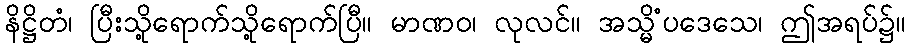
နိဋ္ဌိတံ၊ ပြီးသို့ရောက်သို့ရောက်ပြီ။ မာဏဝ၊ လုလင်။ အသ္မိံပဒေသေ၊ ဤအရပ်၌။